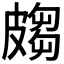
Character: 𭽲